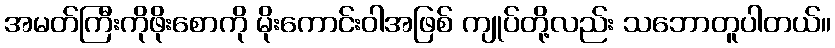
အမတ်ကြီးကိုဖိုးစောကို မိုးကောင်းဝါအဖြစ် ကျုပ်တို့လည်း သဘောတူပါတယ်။